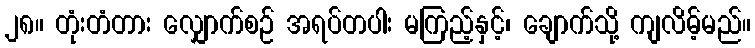
၂၈။ တုံးတံတား လျှောက်စဉ် အရပ်တပါး မကြည့်နှင့်၊ ချောက်သို့ ကျလိမ့်မည်။